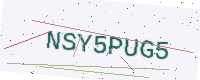
Text: NSY5PUG5